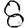
Digit: 8